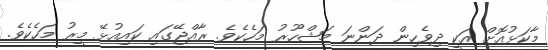
މާކަޅުއޮށް އަކީ ދިވެހިން ދަންނަ މަޝްހޫރު މަހެކެވެ. ރާއްޖޭގައި ކައިއުޅޭ މީރު މަހެކެވެ.